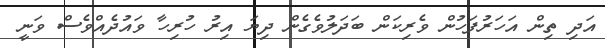
އަދި ތިން އަހަރުފަހުން ވެރިކަން ބަދަލުވެގެން ދިޔަ އިރު ހުރިހާ ވައުދެއްވެސް ވަނީ